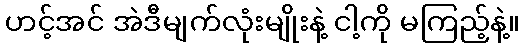
ဟင့်အင် အဲဒီမျက်လုံးမျိုးနဲ့ ငါ့ကို မကြည့်နဲ့။